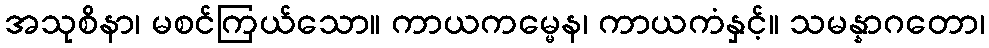
အသုစိနာ၊ မစင်ကြယ်သော။ ကာယကမ္မေန၊ ကာယကံနှင့်။ သမန္နာဂတော၊